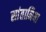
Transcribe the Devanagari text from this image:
सांतानिया